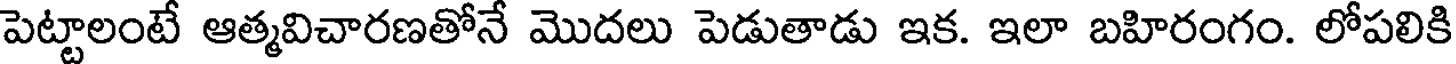
పెట్టాలంటే ఆత్మవిచారణతోనే మొదలు పెడుతాడు ఇక. ఇలా బహిరంగం. లోపలికి